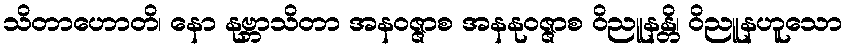
သိတာဟောတိ၊ နော နုဗ္ဘာသိတာ အနဝဇ္ဇာစ အနနုဝဇ္ဇာစ ဝိညူနန္တိ၊ ဝိညူနဟူသော